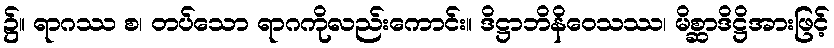
၌။ ရာဂဿ စ၊ တပ်သော ရာဂကိုလည်းကောင်း။ ဒိဋ္ဌာဘိနိဝေသဿ၊ မိစ္ဆာဒိဋ္ဌိအားဖြင့်